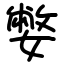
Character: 嫳